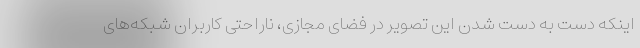
اینکه دست به دست شدن این تصویر در فضای مجازی، ناراحتی کاربران شبکه‌های